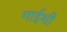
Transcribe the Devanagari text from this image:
गाईशी